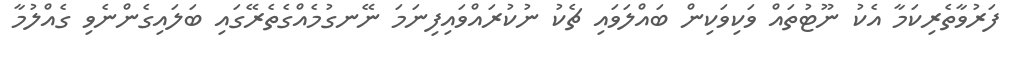
ފަރުވާތެރިކަމާ އެކު ނޫޓުތައް ވަކިވަކިން ބައްލަވައި ޗެކު ނުކުރައްވައިފިނަމަ ނޭނގުމެއްގެތެރޭގައި ބަލައިގެންނެވި ގެއްލުމާ